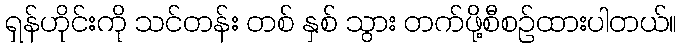
ရှန်ဟိုင်းကို သင်တန်း တစ် နှစ် သွား တက်ဖို့စီစဉ်ထားပါတယ်။